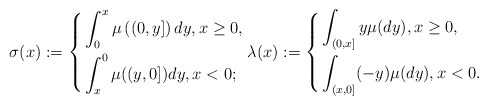
\begin{align*}{\sigma}({{x}}):=\left\lbrace\begin{aligned}&\int_0^{{x}} {\mu}\left((0, {y}] \right) d{y}, {x}\geq 0,\\& \int_{{x}}^0 {\mu}(({y},0])d{y},{x}<0;\end{aligned} \right. {\lambda}({{x}}):=\left\lbrace\begin{aligned}&\int_{(0, {x}]} {y} {\mu}(d{y}),{x}\geq 0,\\&\int_{({x},0]}(-{y}) {\mu}(d{y}),{x}<0. \end{aligned}\right.\end{align*}